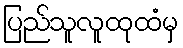
ပြည်သူလူထုထံမှ